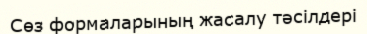
Сөз формаларының жасалу тәсілдері